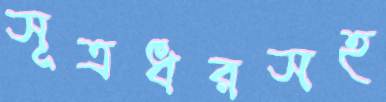
সূত্রধরসহ